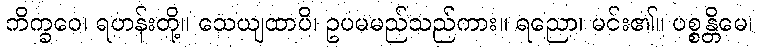
ဘိက္ခဝေ၊ ရဟန်းတို့။ သေယျထာပိ၊ ဥပမမည်သည်ကား။ ရညော၊ မင်း၏။ ပစ္စန္တိမေ၊